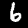
Digit: 6